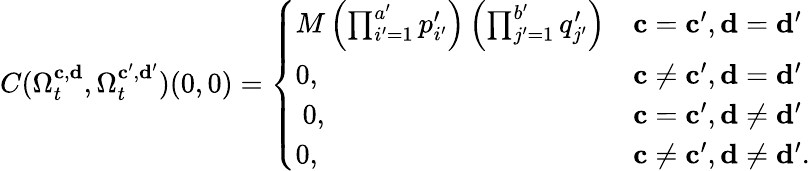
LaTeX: \begin{array}{r}{C(\Omega_{t}^{\mathbf{c},\mathbf{d}},\Omega_{t}^{\mathbf{c}^{\prime},\mathbf{d}^{\prime}})(0,0)=\left\{ \begin{array}{ll}{M\left(\prod_{i^{\prime}=1}^{a^{\prime}}p_{i^{\prime}}^{\prime}\right)\left(\prod_{j^{\prime}=1}^{b^{\prime}}q_{j^{\prime}}^{\prime}\right)}&{{\mathbf{c}}={\mathbf{c}}^{\prime},{\mathbf{d}}={\mathbf{d}}^{\prime}}\\ {0,}&{{\mathbf{c}}\neq{\mathbf{c}}^{\prime},{\mathbf{d}}={\mathbf{d}}^{\prime}}\\ {\ 0,}&{{\mathbf{c}}={\mathbf{c}}^{\prime},{\mathbf{d}}\neq{\mathbf{d}}^{\prime}}\\ {0,}&{{\mathbf{c}}\neq{\mathbf{c}}^{\prime},{\mathbf{d}}\neq{\mathbf{d}}^{\prime}.}\end{array}\right.}\end{array}